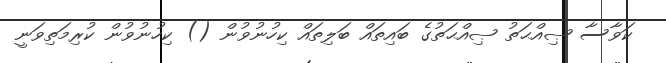
ކަވާސާ ޞިއްޙަތު ޞިއްޙަތުގެ ބައިތައް ބަލިތައް ކިހުނުވުން () ކިހުނުވުން ކުރިމަތިވަނީ